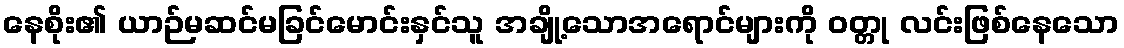
နေစိုး၏ ယာဉ်မဆင်မခြင်မောင်းနှင်သူ အချို့သောအရောင်များကို ဝတ္တု လင်းဖြစ်နေသော